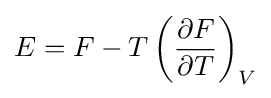
E=F-T\left({\frac {\partial F}{\partial T}}\right)_{V}